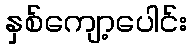
နှစ်ကျော့ပေါင်း